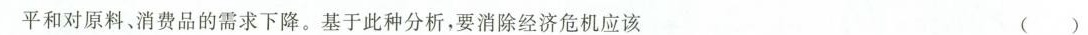
平和对原料、消费品的需求下降。基于此种分析，要消除经济危机应该 （）